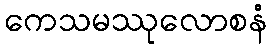
ကေသမဿုလောစနံ